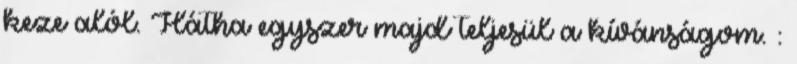
keze alól. Hátha egyszer majd teljesül a kívánságom. :